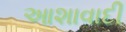
આશાવાદી